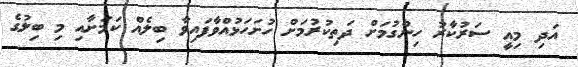
އަދި މިއީ ސަރުކާރު ހިންގުމަށް ދަތިކުރުމަށް ހުށަހަޅުއްވާފައިވާ ބިލެއް ކަމަށާއި މި ބިލުގެ